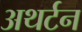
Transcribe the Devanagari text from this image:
अथर्टन